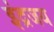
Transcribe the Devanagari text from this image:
इंद्रजय